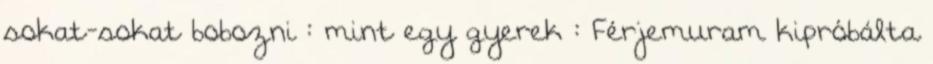
sokat-sokat bobozni : mint egy gyerek : Férjemuram kipróbálta